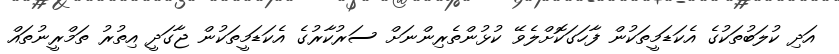
އަދި ކުލަބުތަކުގެ އެކަޑަމީތަކުން ފާހަގަކޮށްލެވޭ ކުޅުންތެރިންނަށް ސަރުކާރުގެ އެކަޑަމީތަކުން ޖާގަދީ އިތުރު ތަމްރީނުތައް